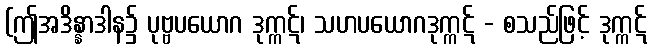
(ဤအဒိန္နာဒါန၌ ပုဗ္ဗပယောဂ ဒုက္ကဋ်၊ သဟပယောဂဒုက္ကဋ် - စသည်ဖြင့် ဒုက္ကဋ်